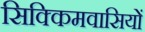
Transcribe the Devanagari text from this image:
सिक्किमवासियों